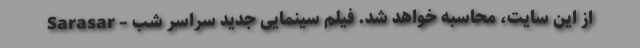
از این سایت، محاسبه خواهد شد. فیلم سینمایی جدید سراسر شب – Sarasar